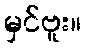
မှင်ဗူး။